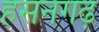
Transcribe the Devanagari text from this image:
हसनगढ़